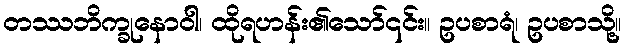
တဿဘိက္ခုနောဝါ၊ ထိုရဟန်း၏သော်၎င်း။ ဥပစာရံ၊ ဥပစာသို့။